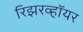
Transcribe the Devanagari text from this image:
रिझरव्हॉयर